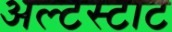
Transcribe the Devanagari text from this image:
अल्टस्टाट